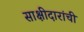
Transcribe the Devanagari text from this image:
साक्षीदारांची